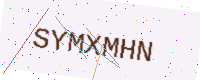
Text: SYMXMHN